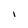
Character: I